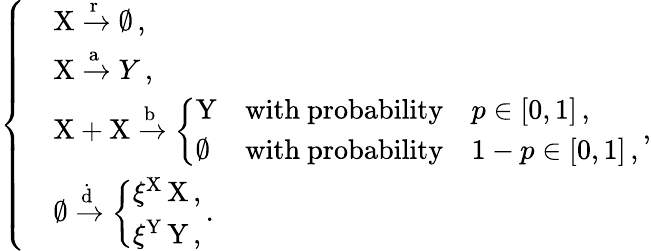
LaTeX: \left\{ \begin{array}{ll}&{\mathrm{X}\xrightarrow{\mathrm{r}}\emptyset\, ,}\\ &{\mathrm{X}\xrightarrow{\mathrm{a}}Y\, ,}\\ &{\mathrm{X}+\mathrm{X}\xrightarrow{\mathrm{b}}\left\{ \begin{array}{ll}{\mathrm{Y}}&{\mathrm{with~probability}\quad p\in[0,1]\, ,}\\ {\emptyset}&{\mathrm{with~probability}\quad 1-p\in[0,1]\, ,}\end{array}\right.\, ,}\\ &{\emptyset\xrightarrow{\dot{\mathrm{d}}}\left\{ \begin{array}{ll}{\xi^{\mathrm{X}}\, \mathrm{X}\, ,}\\ {\xi^{\mathrm{Y}}\, \mathrm{Y}\, ,}\end{array}\right.\, .}\end{array}\right.